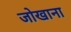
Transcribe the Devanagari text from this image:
जोखाना